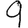
Digit: 9